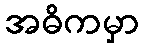
အဓိကမှာ